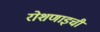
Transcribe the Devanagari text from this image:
रोशणाइची